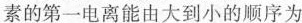
素的第一电离能由大到小的顺序为